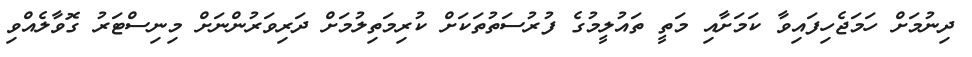
ދިނުމަށް ހަމަޖެހިފައިވާ ކަމަށާއި މަތީ ތައުލީމުގެ ފުރުސަތުތަކަށް ކުރިމަތިލުމަށް ދަރިވަރުންނަށް މިނިސްޓަރު ގޮވާލެއްވި